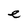
Character: e